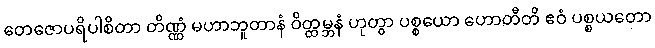
တေဇောပရိပါစိတာ တိဏ္ဏံ မဟာဘူတာနံ ဝိတ္ထမ္ဘနံ ဟုတွာ ပစ္စယော ဟောတီတိ ဧဝံ ပစ္စယတော